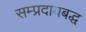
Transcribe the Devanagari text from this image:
सम्प्रदायबद्ध